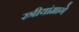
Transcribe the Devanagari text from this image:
स्त्रीयांमागे